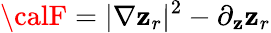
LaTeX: {\calF}=|\nabla\mathbf{z}_{r}|^{2}-\partial_{\mathbf{z}}\mathbf{z}_{r}